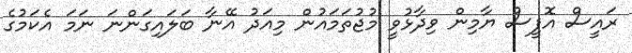
ރައީސް އޮފީސް ޔާމިން ވިދާޅުވީ މުޖުތަމައުން މިއަދު އޭނާ ބަލައިގަންނަ ނަމަ އެކަމުގެ